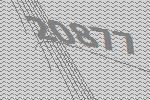
20877